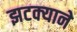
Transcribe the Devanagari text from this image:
झटक्‍याने